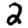
Digit: 2